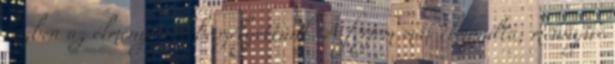
közben az élményeiről beszélgettünk. A férjem már elmondta, mennyire